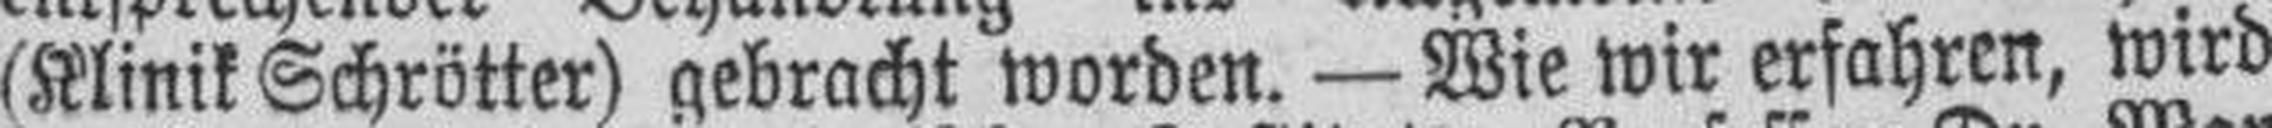
(Klinik Schrötter) gebracht worden. — Wie wir erfahren, wird